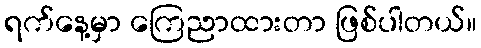
ရက်နေ့မှာ ကြေညာထားတာ ဖြစ်ပါတယ်။